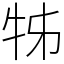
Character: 牬